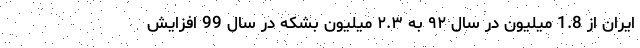
ایران از 1.8 میلیون در سال ۹۲ به ۲.۳ میلیون بشکه در سال 99 افزایش